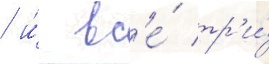
/ и́ вс'е́ тр'и́